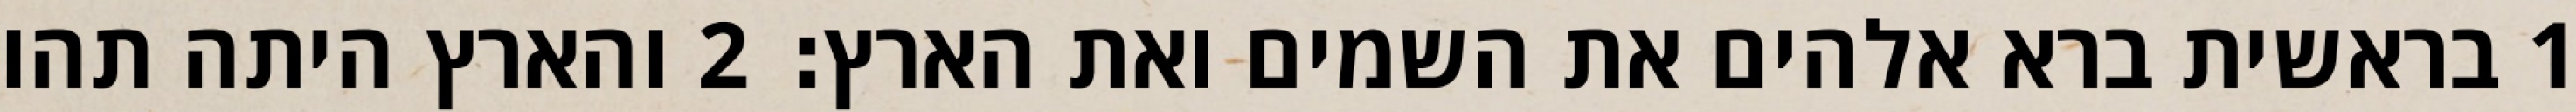
1 בראשית ברא אלהים את השמים ואת הארץ׃ ‎2‏ והארץ היתה תהו